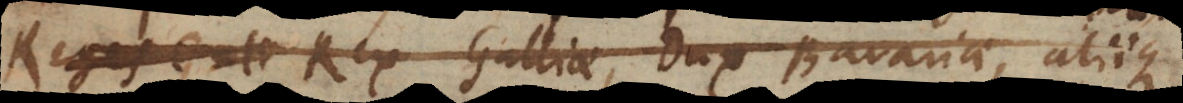
Imperator, Rex Galliae, Dux Bavariae, aliique